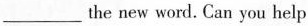
___ the new word. Can you help